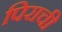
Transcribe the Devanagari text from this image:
पिराची